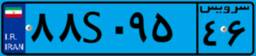
۰۸S۹۱۰۰۷